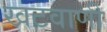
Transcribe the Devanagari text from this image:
खटवाणी